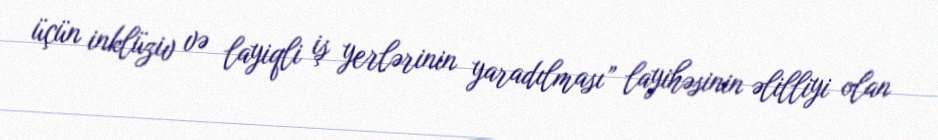
üçün inklüziv və layiqli iş yerlərinin yaradılması” layihəsinin əlilliyi olan